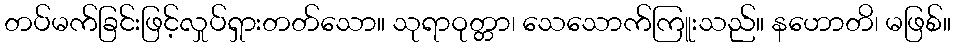
တပ်မက်ခြင်းဖြင့်လှုပ်ရှားတတ်သော။ သုရာဝုတ္တာ၊ သေသောက်ကြူးသည်။ နဟောတိ၊ မဖြစ်။